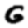
Digit: 6